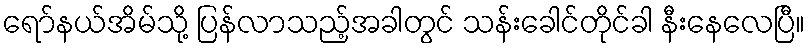
ရော်နယ်အိမ်သို့ ပြန်လာသည့်အခါတွင် သန်းခေါင်တိုင်ခါ နီးနေလေပြီ။